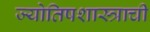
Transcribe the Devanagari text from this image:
ज्योतिषशास्त्राची